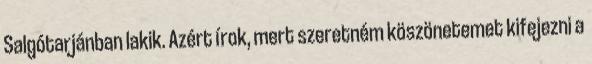
Salgótarjánban lakik. Azért írok, mert szeretném köszönetemet kifejezni a